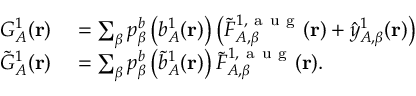
\begin{array} { r l } { G _ { A } ^ { 1 } ( \mathbf { r } ) } & { { } = \sum _ { \beta } p _ { \beta } ^ { b } \left( b _ { A } ^ { 1 } ( \mathbf { r } ) \right) \left( \tilde { F } _ { A , \beta } ^ { 1 , \mathrm { ~ a ~ u ~ g ~ } } ( \mathbf { r } ) + \hat { y } _ { A , \beta } ^ { 1 } ( \mathbf { r } ) \right) } \\ { \tilde { G } _ { A } ^ { 1 } ( \mathbf { r } ) } & { { } = \sum _ { \beta } p _ { \beta } ^ { b } \left( \tilde { b } _ { A } ^ { 1 } ( \mathbf { r } ) \right) \tilde { F } _ { A , \beta } ^ { 1 , \mathrm { ~ a ~ u ~ g ~ } } ( \mathbf { r } ) . } \end{array}